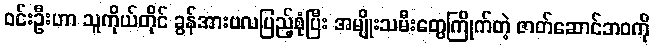
ဝင်းဦးဟာ သူကိုယ်တိုင် ခွန်အားဗလပြည့်စုံပြီး အမျိုးသမီးတွေကြိုက်တဲ့ ဇာတ်ဆောင်ဘဝကို